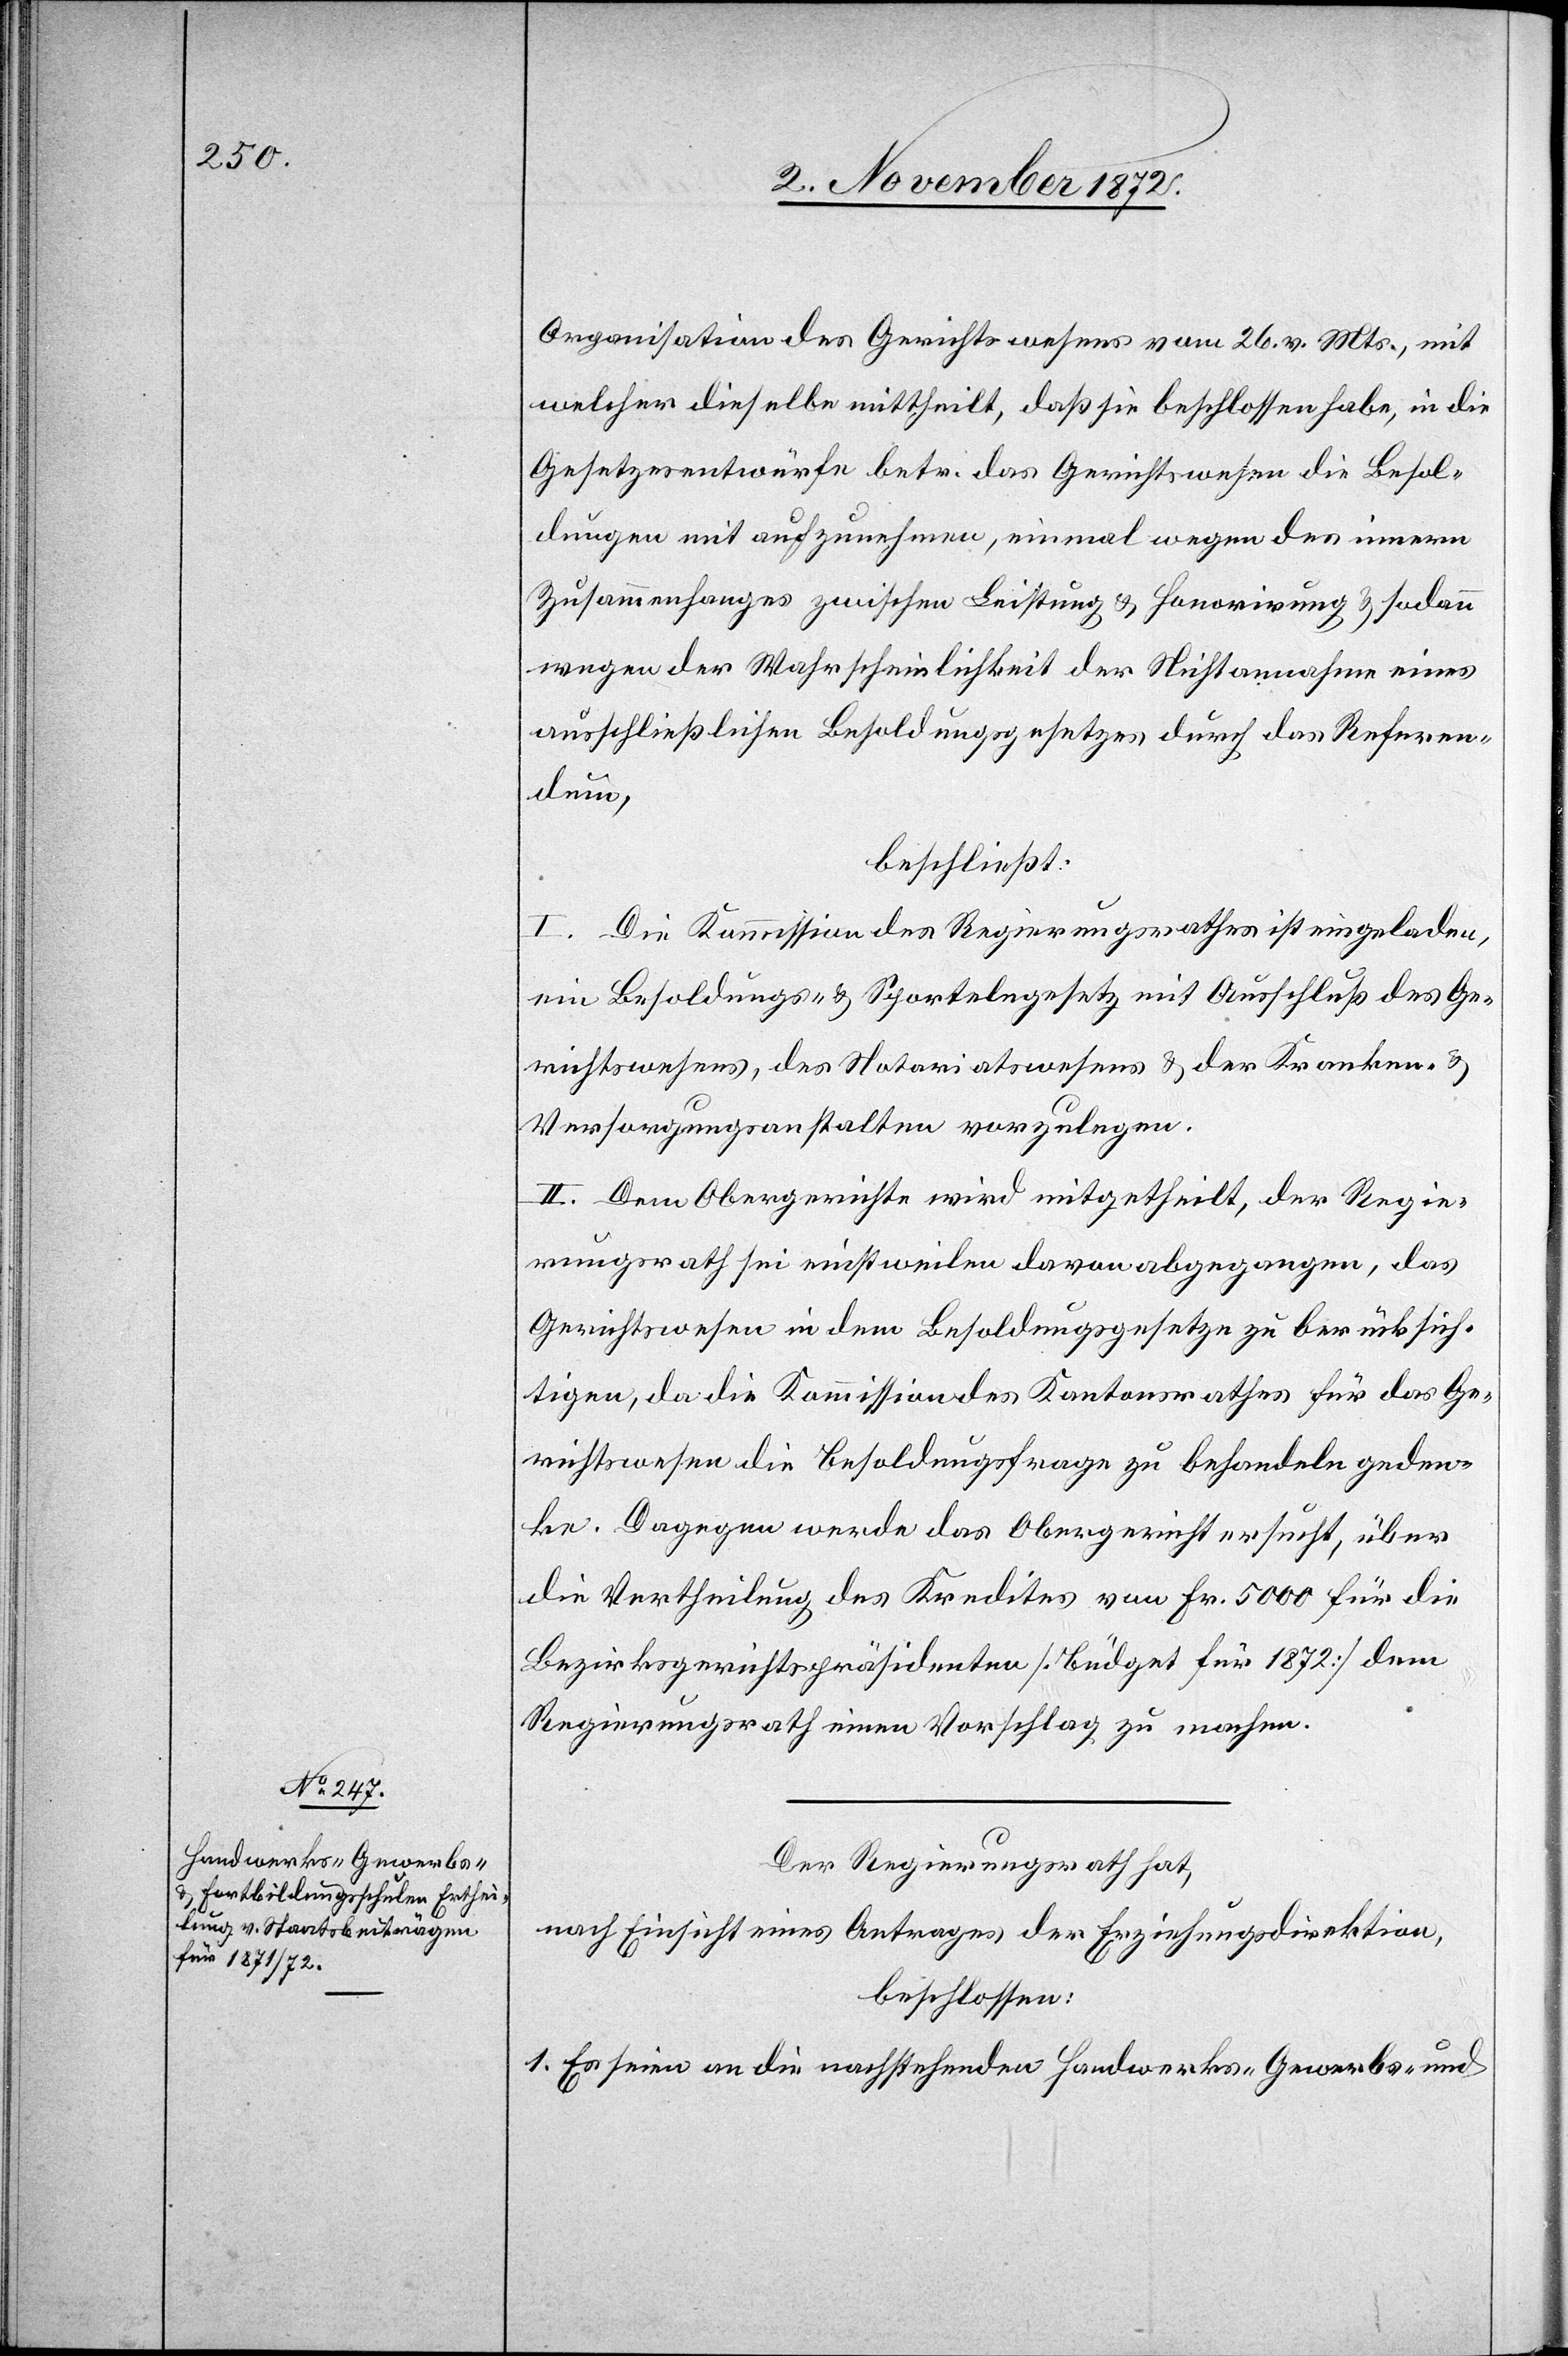
Organisation des Gerichtswesens vom 26. v. Mts., mit
welcher dieselbe mittheilt, daß sie beschlossen habe, in die
Gesetzesentwürfe betr. das Gerichtswesen die Besol¬
dungen mit aufzunehmen, einmal wegen des innern
Zusammenhanges zwischen Leistung u. Honorirung u. sodann
wegen der Wahrscheinlichkeit der Nichtannahme eines
ausschließlichen Besoldungsgesetzes durch das Referen¬
dum,
beschließt:
I. Die Kommission des Regierungsrathes ist eingeladen,
ein Besoldungs- u. Sportelngesetz mit Ausschluß des Ge¬
richtswesens, des Notariatswesens u. der Kranken- u.
Versorgungsanstalten vorzulegen.
II. Dem Obergerichte wird mitgetheilt, der Regie¬
rungsrath sei einstweilen davon abgegangen, das
Gerichtswesen in dem Besoldungsgesetze zu berücksich¬
tigen, da die Kommission des Kantonsrathes für das Ge¬
richtswesen die Besoldungsfrage zu behandeln geden¬
ke. Dagegen werde das Obergericht ersucht, über
die Vertheilung des Kredites von Fr. 5000 für die
Bezirksgerichtspräsidenten [Büdget für 1873] dem
Regierungsrath einen Vorschlag zu machen.
Der Regierungsrath hat,
nach Einsicht eines Antrages der Erziehungsdirektion,
beschlossen:
1. Es seien an die nachstehenden Handwerks- Gewerbs- und